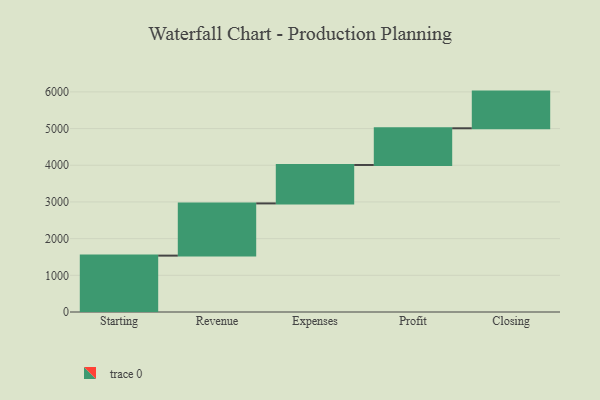
{"axis": {"x": "Step", "y": "Value"}, "legend": [""], "data": [{"x": "Starting", "y": 1537.0, "type": ""}, {"x": "Revenue", "y": 1423.0, "type": ""}, {"x": "Expenses", "y": 1048.0, "type": ""}, {"x": "Profit", "y": 1000, "type": ""}, {"x": "Closing", "y": 1000, "type": ""}]}